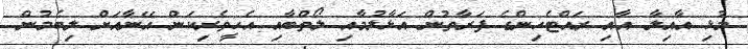
މުޅި އާއިލާ އާއި ރައްޓެހިންގެ ފަރާތުން އަޅާލުމާއި ލޯތްބާއި އެހީތެރިކަން އޭނާއަށް ލިބެމުން